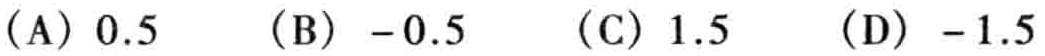
(A) \(0.5\)  (B) \(-0.5\)  (C) \(1.5\)  (D) \(-1.5\)